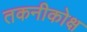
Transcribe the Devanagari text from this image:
तकनीकोक्ष